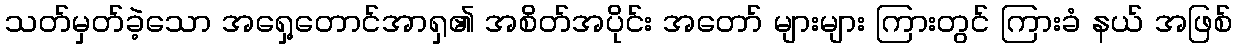
သတ်မှတ်ခဲ့သော အရှေ့တောင်အာရှ၏ အစိတ်အပိုင်း အတော် များများ ကြားတွင် ကြားခံ နယ် အဖြစ်